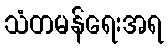
သံတမန်ရေးအရ